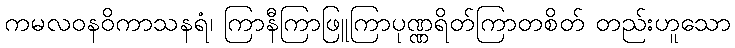
ကမလဝနဝိကာသနရံ၊ ကြာနီကြာဖြူကြာပုဏ္ဏရိတ်ကြာတစိတ် တည်းဟူသော